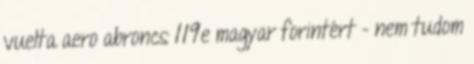
vuelta aero abroncs 119e magyar forintért - nem tudom